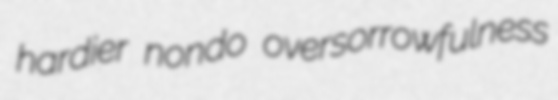
hardier nondo oversorrowfulness